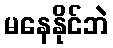
မနေနိုင်ဘဲ